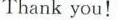
Thankyou！